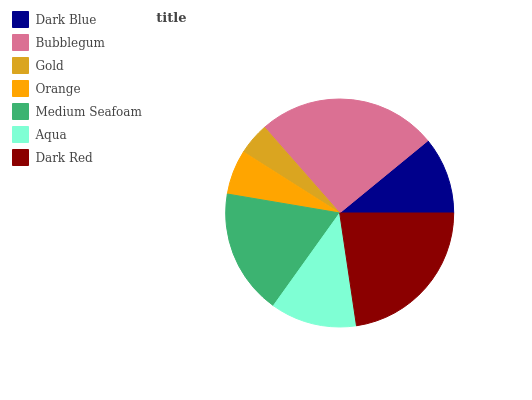
| Dark Blue | Bubblegum | Gold | Orange | Medium Seafoam | Aqua | Dark Red |
 | --- | --- | --- | --- | --- | --- | --- |
 | 10.9% | 25.5% | 4.55% | 6.34% | 17.8% | 12.2% | 22.6% |